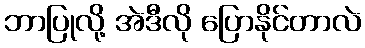
ဘာပြုလို့ အဲဒီလို ပြောနိုင်တာလဲ